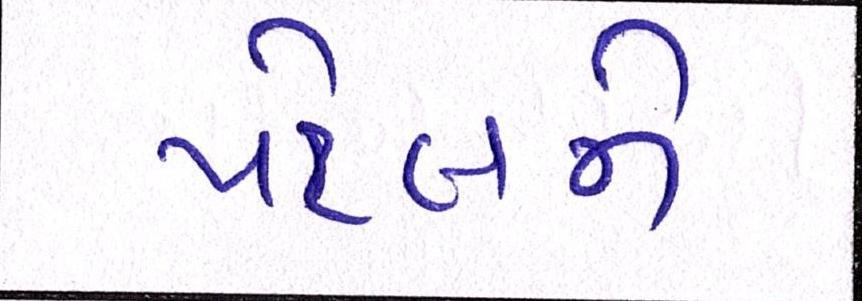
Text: પટેલને